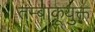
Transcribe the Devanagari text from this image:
तम्बाकूयुक्त